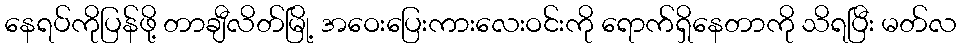
နေရပ်ကိုပြန်ဖို့ တာချီလိတ်မြို့ အဝေးပြေးကားလေးဝင်းကို ရောက်ရှိနေတာကို သိရပြီး မတ်လ